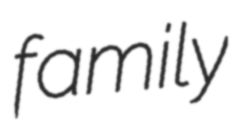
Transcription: family